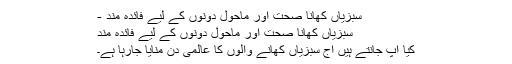
سبزیاں کھانا صحت اور ماحول دونوں کے لیے فائدہ مند -
سبزیاں کھانا صحت اور ماحول دونوں کے لیے فائدہ مند
کیا آپ جانتے ہیں آج سبزیاں کھانے والوں کا عالمی دن منایا جارہا ہے۔